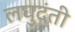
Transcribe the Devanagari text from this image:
लघुदंती